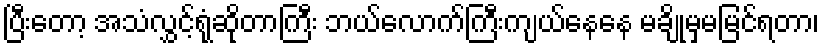
ပြီးတော့ အသံလွှင့်ရုံဆိုတာကြီး ဘယ်လောက်ကြီးကျယ်နေနေ မချိုမှမမြင်ရတာ၊